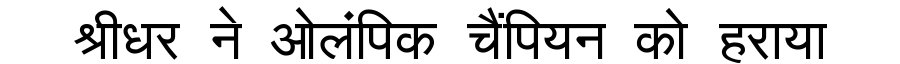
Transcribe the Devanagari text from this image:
श्रीधर ने ओलंपिक चैंपियन को हराया